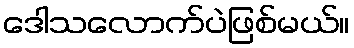
ဒေါသလောက်ပဲဖြစ်မယ်။